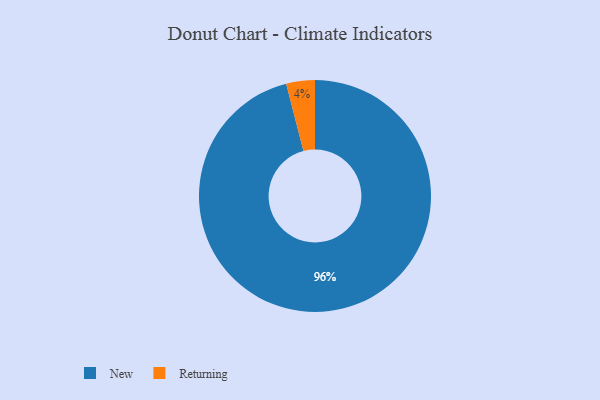
{"axis": {"x": "Category", "y": "Percentage"}, "legend": ["New", "Returning"], "data": [{"x": "New", "y": 96, "type": "New"}, {"x": "Returning", "y": 4, "type": "Returning"}]}